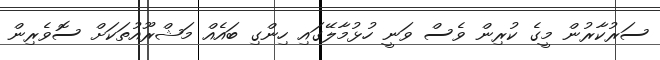
ސަރުކާރުން މީގެ ކުރިން ވެސް ވަނީ ހުޅުމާލޭގައި ހިންގި ބައެއް މަޝްރޫއުތަކަށް ސޮވެރިން